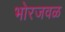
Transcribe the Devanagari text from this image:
भोरजवळ